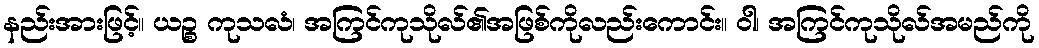
နည်းအားဖြင့်။ ယဉ္စ ကုသလံ၊ အကြင်ကုသိုလ်၏အဖြစ်ကိုလည်းကောင်း။ ဝါ၊ အကြင်ကုသိုလ်အမည်ကို